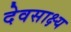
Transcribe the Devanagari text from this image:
देवसाक्ष्य